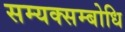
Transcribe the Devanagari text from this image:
सम्यक्सम्बोधि